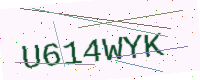
Text: U614WYK